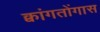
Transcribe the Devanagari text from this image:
क्वांगतोंगास